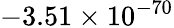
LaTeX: -3.51\times 10^{-70}